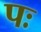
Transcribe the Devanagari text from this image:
पः